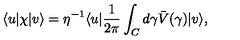
\langle u \vert \chi \vert v \rangle = \eta ^ { - 1 } \langle u \vert { \frac { 1 } { 2 \pi } } \int _ { C } d \gamma \bar { V } ( \gamma ) \vert v \rangle ,